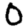
Digit: 0